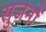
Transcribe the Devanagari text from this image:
सुजनों